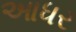
આધર